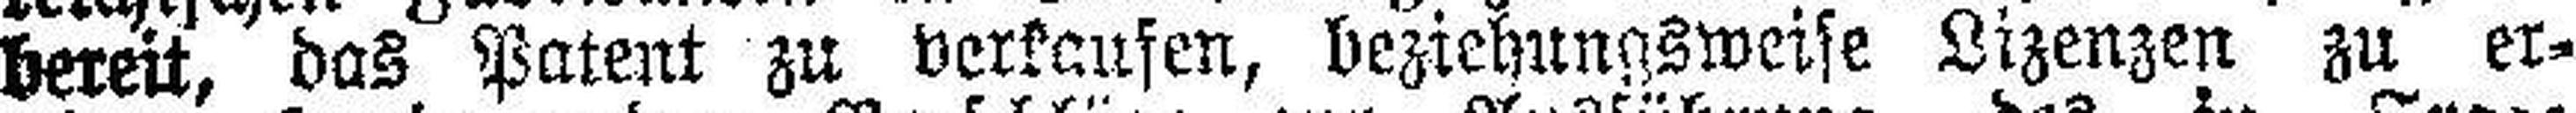
bereit, das Patent zu verknusen, beziehungsweise Lizenzen zu er¬